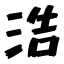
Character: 浩